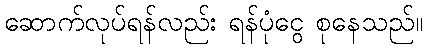
ဆောက်လုပ်ရန်လည်း ရန်ပုံငွေ စုနေသည်။